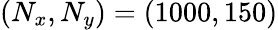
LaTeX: (N_{x},N_{y})=(1000,150)